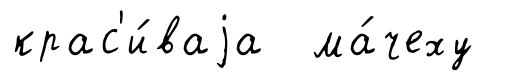
крас'и́ваjа ма́чеху